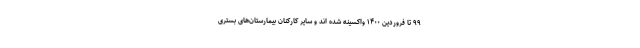
۹۹ تا فروردین ۱۴۰۰ واکسینه شده اند و سایر کارکنان بیمارستان‌های بستری